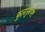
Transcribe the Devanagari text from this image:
कुलपुरुष९